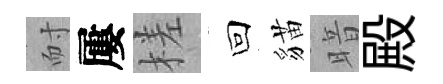
耐屢槎回貓暗殿